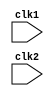
module pipe_MIPS32(
  input clk1,
  input clk2
);
  reg [31:0] PC, IF_ID_IR, IF_ID_NPC; // NPC is new program counter
  reg [31:0] ID_EX_IR, ID_EX_NPC, ID_EX_A, ID_EX_B, ID_EX_Imm;
  reg [2:0] ID_EX_type, EX_MEM_type, MEM_WB_type;
  reg [31:0] EX_MEM_IR, EX_MEM_ALUOut, EX_MEM_B;
  reg EX_MEM_cond;
  reg [31:0] MEM_WB_IR, MEM_WB_ALUOut, MEM_WB_LMD;
  reg [31:0] Reg [0:31]; // Register bank (32*32)
  reg [31:0] Mem [0:1023]; // 1024*32 memory
  parameter ADD = 6'b000000, SUB = 6'b000001, AND = 6'b000010, OR = 6'b000011,
            SLT = 6'b000100, MUL = 6'b000101, HLT = 6'b111111,
            LW = 6'b001000, SW = 6'b001001, ADDI = 6'b001010,
            SUBI = 6'b001011, SLTI = 6'b001100, BNEQZ = 6'b001101,
            BEQZ = 6'b001110;
  parameter RR_ALU = 3'b000, RM_ALU = 3'b001, LOAD = 3'b010,
            STORE = 3'b011, BRANCH = 3'b100, HALT = 3'b101;
  reg HALTED;
  // Set after HLT instruction is completed (in WB stage)
  reg TAKEN_BRANCH; // Required to disable instructions after branch

  // IF Stage
  always @(posedge clk1)
  begin
    if (HALTED == 0)
    begin
      if (((EX_MEM_IR[31:26] == BEQZ) && (EX_MEM_cond == 1)) ||
          ((EX_MEM_IR[31:26] == BNEQZ) && (EX_MEM_cond == 0)))
      begin 
        IF_ID_IR <= #2 Mem[EX_MEM_ALUOut];
        TAKEN_BRANCH <= #2 1'b1;
        IF_ID_NPC <= #2 EX_MEM_ALUOut + 1;
        PC <= #2 EX_MEM_ALUOut + 1;
      end
      else
      begin
        IF_ID_IR <= #2 Mem[PC];
        IF_ID_NPC <= #2 PC + 1;
        PC <= #2 PC + 1;
      end
    end
  end

  // ID Stage
  always @(posedge clk2)
  begin
    if (HALTED == 0)
    begin
      if (IF_ID_IR[25:21] == 5'b00000) 
        ID_EX_A <= 0;
      else
        ID_EX_A <= #2 Reg[IF_ID_IR[25:21]]; // rs

      if (IF_ID_IR[20:16] == 5'b00000) 
        ID_EX_B <= 0;
      else
        ID_EX_B <= #2 Reg[IF_ID_IR[20:16]]; // rt

      ID_EX_NPC <= #2 IF_ID_NPC;
      ID_EX_IR <= #2 IF_ID_IR;
      ID_EX_Imm <= #2 {{16{IF_ID_IR[15]}}, IF_ID_IR[15:0]};

      case (IF_ID_IR[31:26])
        ADD, SUB, AND, OR, SLT, MUL:
          ID_EX_type <= #2 RR_ALU;
        ADDI, SUBI, SLTI:
          ID_EX_type <= #2 RM_ALU;
        LW:
          ID_EX_type <= #2 LOAD;
        SW:
          ID_EX_type <= #2 STORE;
        BNEQZ, BEQZ:
          ID_EX_type <= #2 BRANCH;
        HLT:
          ID_EX_type <= #2 HALT;
        default:
          ID_EX_type <= #2 HALT; // Invalid opcode
      endcase
    end
  end

  // EX Stage
  always @(posedge clk1)
  begin
    if (HALTED == 0)
    begin
      EX_MEM_type <= #2 ID_EX_type;
      EX_MEM_IR <= #2 ID_EX_IR;
      TAKEN_BRANCH <= #2 0;

      case (ID_EX_type)
        RR_ALU:
        begin
          case (ID_EX_IR[31:26]) // OPCODE
            ADD: EX_MEM_ALUOut <= #2 ID_EX_A + ID_EX_B;
            SUB: EX_MEM_ALUOut <= #2 ID_EX_A - ID_EX_B;
            AND: EX_MEM_ALUOut <= #2 ID_EX_A & ID_EX_B;
            OR: EX_MEM_ALUOut <= #2 ID_EX_A | ID_EX_B;
            SLT: EX_MEM_ALUOut <= #2 ID_EX_A < ID_EX_B;
            MUL: EX_MEM_ALUOut <= #2 ID_EX_A * ID_EX_B;
            default: EX_MEM_ALUOut <= #2 32'hxxxxxxxx;
          endcase
        end
        RM_ALU:
        begin
          case (ID_EX_IR[31:26]) // OPCODE
            ADDI: EX_MEM_ALUOut <= #2 ID_EX_A + ID_EX_Imm;
            SUBI: EX_MEM_ALUOut <= #2 ID_EX_A - ID_EX_Imm;
            SLTI: EX_MEM_ALUOut <= #2 ID_EX_A < ID_EX_Imm;
            default: EX_MEM_ALUOut <= #2 32'hxxxxxxxx;
          endcase
        end
        LOAD, STORE:
        begin
          EX_MEM_ALUOut <= #2 ID_EX_A + ID_EX_Imm;
          EX_MEM_B <= #2 ID_EX_B;
        end
        BRANCH:
        begin
          EX_MEM_ALUOut <= #2 ID_EX_NPC + ID_EX_Imm;
          EX_MEM_cond <= #2 (ID_EX_A == 0);
        end
      endcase
    end
  end

  // MEM Stage
  always @(posedge clk2)
  begin
    if (HALTED == 0)
    begin
      MEM_WB_type <= #2 EX_MEM_type;
      MEM_WB_IR <= #2 EX_MEM_IR;

      case (EX_MEM_type)
        RR_ALU, RM_ALU:
          MEM_WB_ALUOut <= #2 EX_MEM_ALUOut;
        LOAD:
          MEM_WB_LMD <= #2 Mem[EX_MEM_ALUOut];
        STORE:
          if (TAKEN_BRANCH == 0) // Disable write
            Mem[EX_MEM_ALUOut] <= #2 EX_MEM_B;
      endcase
    end
  end

  // WB stage
  always @(posedge clk1)
  begin
    if (TAKEN_BRANCH == 0) // Disable write if branch taken
    begin
      case (MEM_WB_type)
        RR_ALU:
          Reg[MEM_WB_IR[15:11]] <= #2 MEM_WB_ALUOut; // "rd"
        RM_ALU:
          Reg[MEM_WB_IR[20:16]] <= #2 MEM_WB_ALUOut; // "rt"
        LOAD:
          Reg[MEM_WB_IR[20:16]] <= #2 MEM_WB_LMD; // "rt"
        HALT:
          HALTED <= #2 1'b1;
      endcase
    end
  end
endmodule